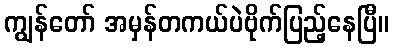
ကျွန်တော် အမှန်တကယ်ပဲဗိုက်ပြည့်နေပြီ။